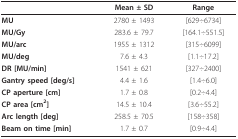
|  | Mean ± SD | Range |
 | --- | --- | --- |
 | MU | 2780 ± 1493 | [629÷6734] |
 | MU/Gy | 283.6 ± 79.7 | [164.1÷551.5] |
 | MU/arc | 1955 ± 1312 | [315÷6099] |
 | MU/deg | 7.6 ± 4.3 | [1.1÷17.2] |
 | DR [MU/min] | 1541 ± 621 | [327÷2400] |
 | Gantry speed [deg/s] | 4.4 ± 1.6 | [1.4÷6.0] |
 | CP aperture [cm] | 1.7 ± 0.8 | [0.2÷4.4] |
 | CP area [cm2] | 14.5 ± 10.4 | [3.6÷55.2] |
 | Arc length [deg] | 258.5 ± 70.5 | [158÷358] |
 | Beam on time [min] | 1.7 ± 0.7 | [0.9÷4.4] |